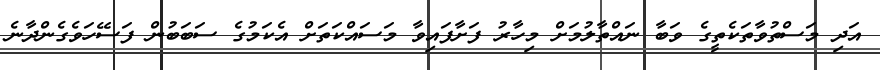
އަދި މަސްތުވާތަކެތީގެ ވަބާ ނައްތާލުމަށް މިހާރު ފަށާފައިވާ މަސައްކަތަށް އެކަމުގެ ސަބަބުން ފަސޭހަވެގެންދާނެ